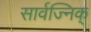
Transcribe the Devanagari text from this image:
सार्वज्निक्